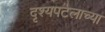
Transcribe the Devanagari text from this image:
दृश्यपटलाच्या